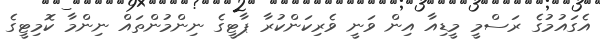
އެގައުމުގެ ރަސްމީ މީޑިއާ އިން ވަނީ ވެރިކަންކުރާ ޕާޓީގެ ނިންމުންތައް ނިންމާ ކޮމިޓީގެ